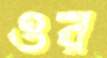
ওর